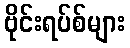
ဗိုင်းရပ်စ်များ